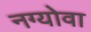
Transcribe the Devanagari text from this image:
नग्योवा